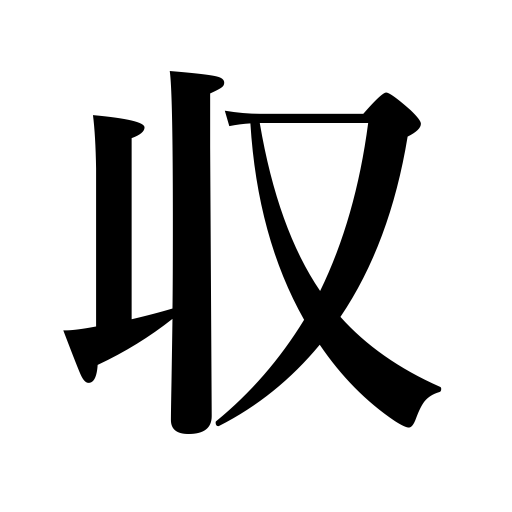
Meanings: sheathe the sword,income,stay in the stomach,be restored,supply,be paid,replace,restore,collect,obtain,be satisfied,accept a present,dedicate,gather,store,bury,reap,pay,consecrate,finish,be settled,look composed,be contented,rally troops